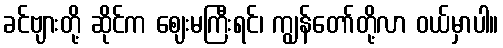
ခင်ဗျားတို့ ဆိုင်က ဈေးမကြီးရင်၊ ကျွန်တော်တို့လာ ဝယ်မှာပါ။